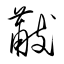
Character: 黻